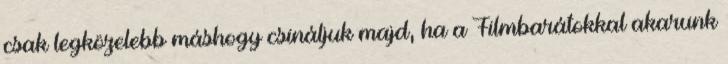
csak legközelebb máshogy csináljuk majd, ha a Filmbarátokkal akarunk